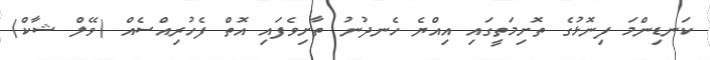
ކަނޑިންމަ ފިނޮޅުގެ ތޮށިމަތީގައި އިއްޔެ ހެނދުނު ތާށިވެފައި އޮތް ފެހުރިއްސެއް (ވޭލް ޝާކް)